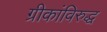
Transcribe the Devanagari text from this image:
ग्रीकांविरुद्ध